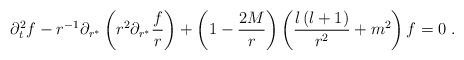
LaTeX: \begin{align*}\partial_t^2f-r^{-1}\partial_{r^*}\left(r^2\partial_{r^*}{f\over r}\right)+\left(1-{2M\over r}\right)\left(\frac{l\left(l+1\right)}{r^2}+m^2\right)f=0\;.\end{align*}